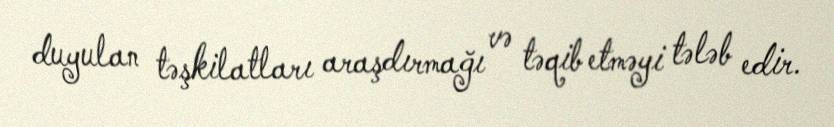
duyulan təşkilatları araşdırmağı və təqib etməyi tələb edir.